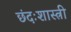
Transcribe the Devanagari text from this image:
छंदःशास्त्री